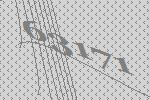
63171